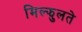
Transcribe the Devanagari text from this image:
मिल्झुलते